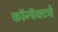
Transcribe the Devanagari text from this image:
कॉन्ट्रॅक्‍टचे